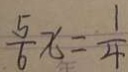
\frac { 5 } { 6 } x = \frac { 1 } { 4 }